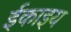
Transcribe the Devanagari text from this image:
ईकाइय